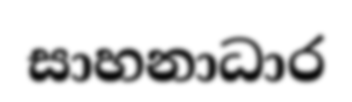
සාහනාධාර